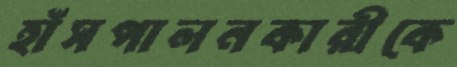
হাঁসপালনকারীকে